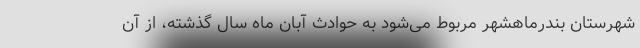
شهرستان بندرماهشهر مربوط می‌شود به حوادث آبان ماه سال گذشته، از آن